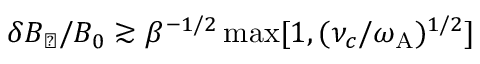
\delta B _ { \perp } / B _ { 0 } \gtrsim \beta ^ { - 1 / 2 } \operatorname* { m a x } [ 1 , ( \nu _ { c } / \omega _ { \mathrm { A } } ) ^ { 1 / 2 } ]